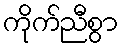
ကိုက်ညီစွာ